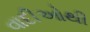
વાદીઓથી